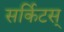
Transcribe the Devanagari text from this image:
सर्किटस्